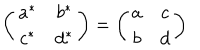
\left( \begin{matrix} { { a ^ { * } } } & { { b ^ { * } } } \\ { { c ^ { * } } } & { { d ^ { * } } } \\ \end{matrix} \right) = \left( \begin{matrix} { { a } } & { { c } } \\ { { b } } & { { d } } \\ \end{matrix} \right)